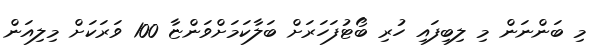
މި ބަންނަން މި ލިބިފައި ހުރި ބޯޓުފަހަރަށް ބަލާކަމަށްވަންޏާ 100 ވަރަކަށް މިލިއަން